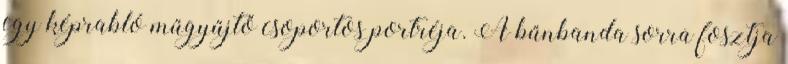
egy képrabló műgyűjtő csoportos portréja. A bűnbanda sorra fosztja